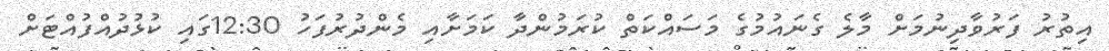
އިތުރު ފަރުވާދިނުމަށް މާލެ ގެނައުމުގެ މަސައްކަތް ކުރަމުންދާ ކަމަށާއި މެންދުރުފަހު 12:30ގައި ކުޅުދުއްފުއްޓަށް